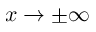
x \rightarrow \pm \infty